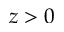
z > 0